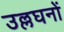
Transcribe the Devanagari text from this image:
उल्लघनों